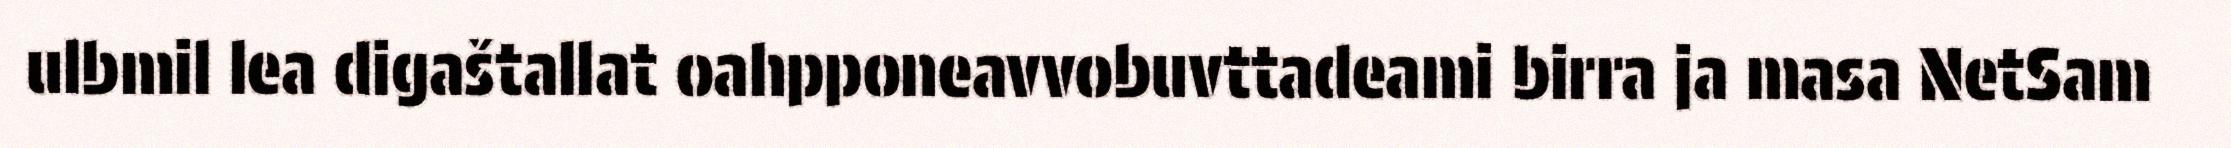
ulbmil lea digaštallat oahpponeavvobuvttadeami birra ja masa NetSam